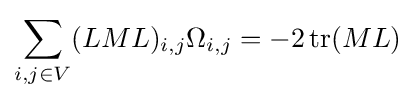
\sum _{i,j\in V}(LML)_{i,j}\Omega _{i,j}=-2\operatorname {tr} (ML)